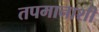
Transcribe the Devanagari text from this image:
तपमानाशी